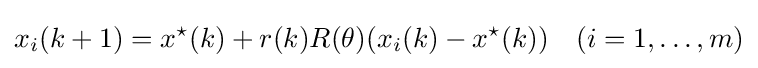
x_{i}(k+1)=x^{\star }(k)+r(k)R(\theta )(x_{i}(k)-x^{\star }(k))\quad (i=1,\ldots ,m)